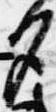
夕